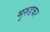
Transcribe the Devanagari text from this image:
मुरुडकर